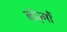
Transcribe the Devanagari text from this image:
लेज़्गों